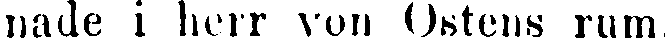
nade i herr von Ostens rum.